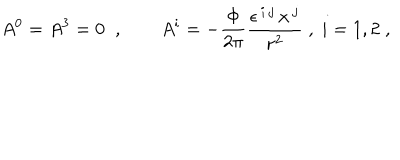
A ^ { 0 } = A ^ { 3 } = 0 \; \; , \qquad A ^ { i } = - \frac { \Phi } { 2 \pi } \frac { \epsilon ^ { \, i \, j } \, x ^ { \, j } } { { \bf r } ^ { 2 } } \; , \; i = 1 , 2 \; ,